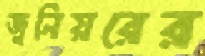
জুনিয়রের